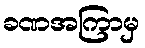
ခဏအကြာမှ